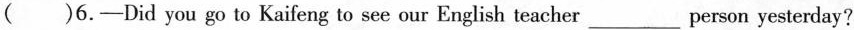
()6.-Did you go to Kaifeng to see our English teacher___person yesterday?